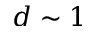
d \sim 1